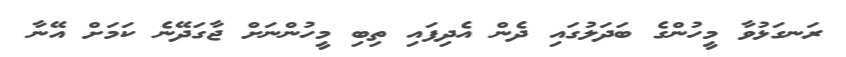
ރަނގަޅުވާ މީހުންގެ ބަދަލުގައި ދެން އެދިފައި ތިބި މީހުންނަށް ޖާގަދޭނެ ކަމަށް އޭނާ